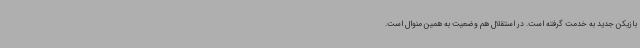
بازیکن جدید به خدمت گرفته است. در استقلال هم وضعیت به همین منوال است.